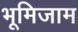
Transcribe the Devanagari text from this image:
भूमिजाम